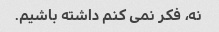
نه، فکر نمی کنم داشته باشیم.